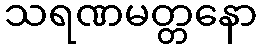
သရဏမတ္တနော